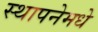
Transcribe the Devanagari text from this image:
स्थापनेमधे